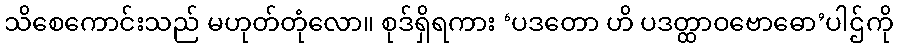
သိစေကောင်းသည် မဟုတ်တုံလော။ စုဒ်ရှိရကား ‘ပဒတော ဟိ ပဒတ္ထာဝဗောဓော’ပါဌ်ကို